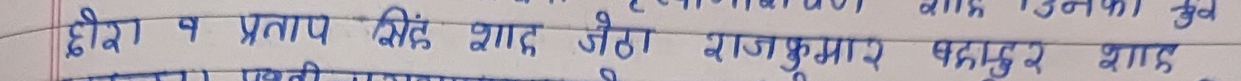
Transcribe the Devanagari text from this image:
हीरा व प्रताप सिंह शाह जैसा राजकुमार बहादुर शाह